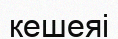
кешеяі